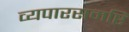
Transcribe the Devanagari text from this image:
व्यपारसमष्टि